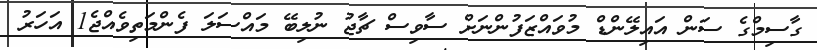
ގާސިމްގެ ސަން އައިލޭންޑް މުވައްޒަފުންނަށް ސާވިސް ޗާޖު ނުލިބޭ މައްސަލަ ފެންމަތިވެއްޖެ1 އަހަރު